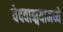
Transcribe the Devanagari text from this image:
वेदवाङ्मयामध्ये